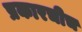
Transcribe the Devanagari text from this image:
प्रकारचीच